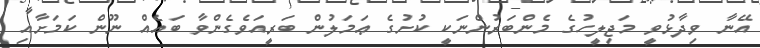
އޭނާ ވިދާޅުވީ މަޖިލީހުގެ މެންބަރުންނަކީ ކުށުގެ ޢަމަލުން ބަރީއަވެގެންވާ ބައެއް ނޫން ކަމަށާއި